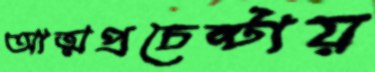
আত্মপ্রচেষ্টায়